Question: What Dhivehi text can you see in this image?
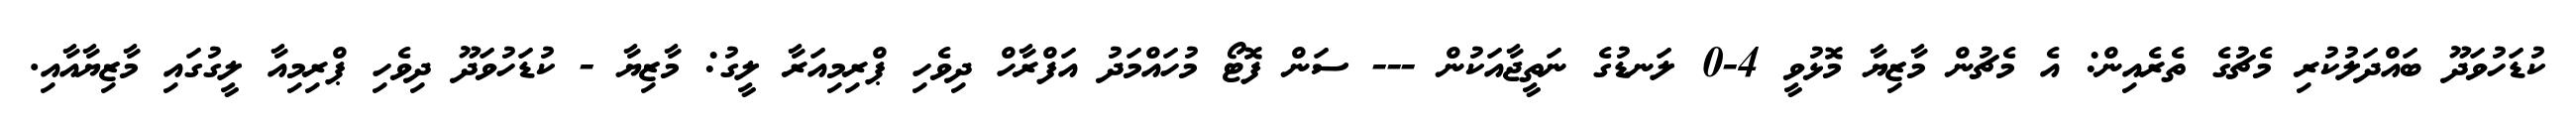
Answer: ކުޑަހުވަދޫ ބައްދަލުކުރި މެޗުގެ ތެރެއިން: އެ މެޗުން މާޒިޔާ މޮޅުވީ 4-0 ލަނޑުގެ ނަތީޖާއަކުން --- ސަން ފޮޓޯ މުހައްމަދު އަފްރާހް ދިވެހި ޕްރިމިއަރާ ލީގު: މާޒިޔާ - ކުޑަހުވަދޫ ދިވެހި ޕްރިމިއާ ލީގުގައި މާޒިޔާއާއި.